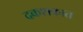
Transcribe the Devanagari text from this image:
दकशकात